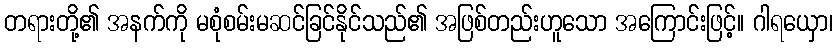
တရားတို့၏ အနက်ကို မစုံစမ်းမဆင်ခြင်နိုင်သည်၏ အဖြစ်တည်းဟူသော အကြောင်းဖြင့်။ ဂါရယှော၊